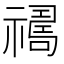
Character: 𱵪